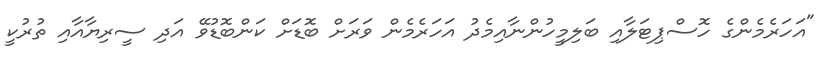
"އަހަރެމެންގެ ހޮސްޕިޓަލާއި ބަލިމީހުންނާއިމެދު އަހަރެމެން ވަރަށް ބޮޑަށް ކަންބޮޑުވޭ އަދި ސީރިޔާއާއި ތުރުކީ